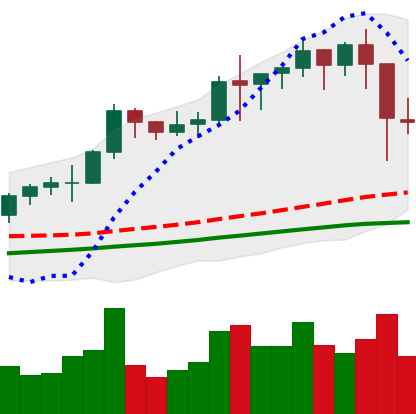
Ticker: BNB-USD
Chart end date: 2021-01-12
Forward return: 19.871%
Label: up_7plus